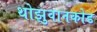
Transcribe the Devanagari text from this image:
थोझुवानकोड